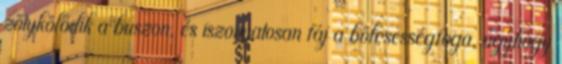
zötykölődik a buszon, és iszonyatosan fáj a bölcsességfoga, úgyhogy